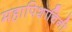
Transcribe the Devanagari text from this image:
महापिशाचिनी